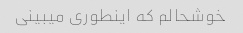
خوشحالم که اینطوری میبینی